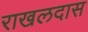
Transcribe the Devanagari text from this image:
राखलदास